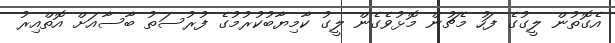
އެގޮތުން ލީގުގެ ފަހު މެޗުން މޮޅުވެގެން ލީގު ކާމިޔާބުކުރުމުގެ ފުރުސަތު ބާސާއަށް އޮތްއިރު